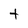
Character: t